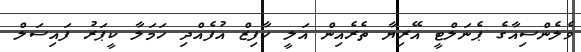
ވެލެންސިއާގެ ޕެނަލްޓީ އޭރިޔާ ތެރެއިން އަލީ ހާފިޒް އުފެއްދި ހަމަލާ ކީޕަރު ފައިސަލް